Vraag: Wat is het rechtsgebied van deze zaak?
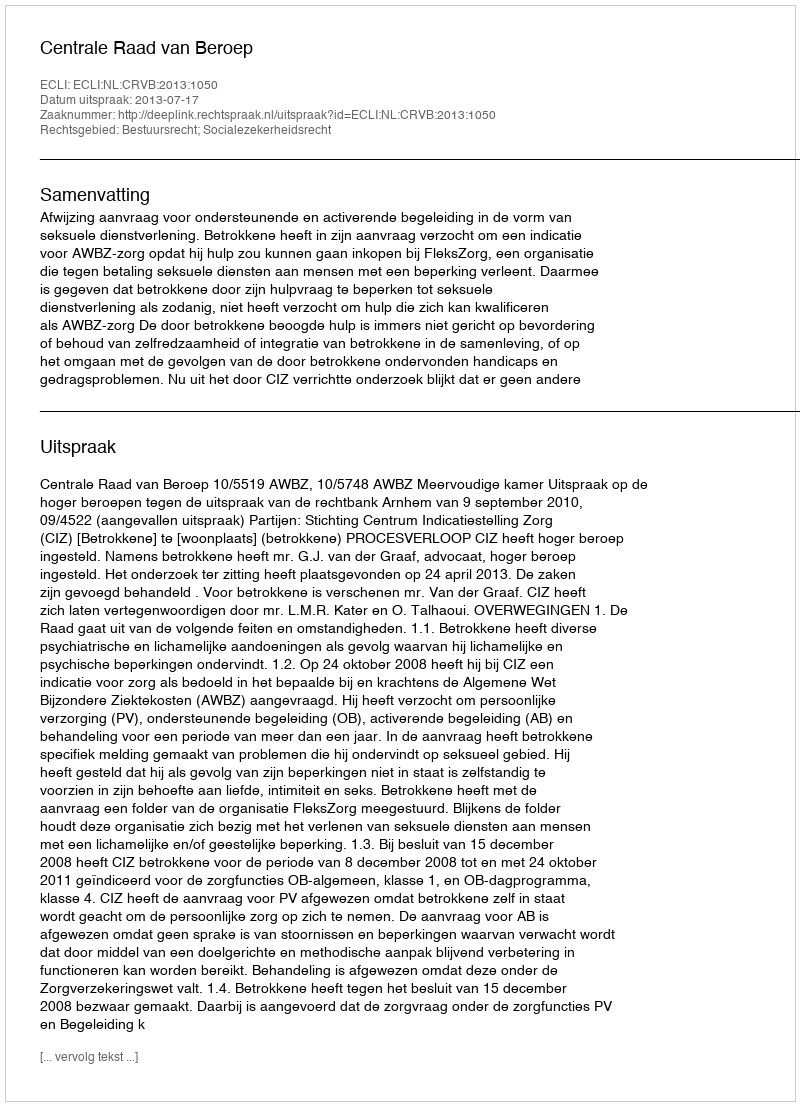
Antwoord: Bestuursrecht; Socialezekerheidsrecht